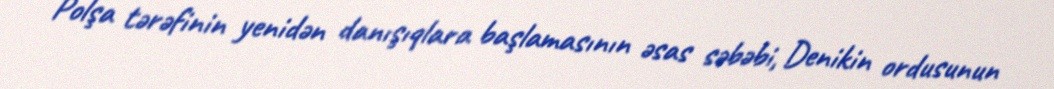
Polşa tərəfinin yenidən danışıqlara başlamasının əsas səbəbi, Denikin ordusunun